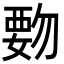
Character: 覅